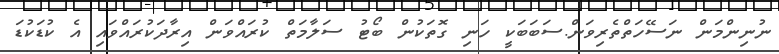
ނުނިންމަން ނަސޭހަތްތެރިވަން.ސަބަބަކީ ހަނި ގޮތަކުން ބޯޓު ސަލާމަތް ކުރައްވަން އިރާދަކުރައްވައި އެ ކުޑަކުޑަ